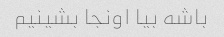
باشه بیا اونجا بشینیم